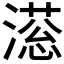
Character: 𣽫